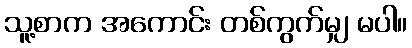
သူ့စာက အကောင်း တစ်ကွက်မျှ မပါ။